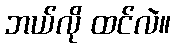
ဘယ်လို ထင်လဲ။